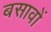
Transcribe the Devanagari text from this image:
बसावों